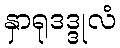
နှာရုဒဒ္ဒုလံ